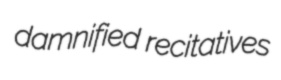
damnified recitatives